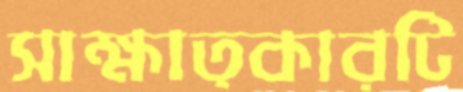
সাক্ষাত্কারটি